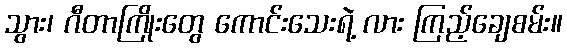
သွား၊ ဂီတာကြိုးတွေ ကောင်းသေးရဲ့ လား ကြည့်ချေစမ်း။